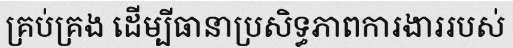
គ្រប់គ្រង ដើម្បីធានាប្រសិទ្ធភាពការងាររបស់